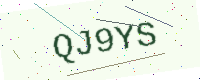
Text: QJ9YS